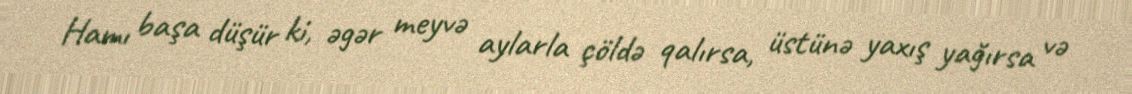
Hamı başa düşür ki, əgər meyvə aylarla çöldə qalırsa, üstünə yaxış yağırsa və